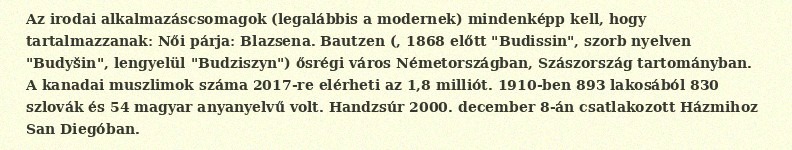
Az irodai alkalmazáscsomagok (legalábbis a modernek) mindenképp kell, hogy tartalmazzanak: Női párja: Blazsena. Bautzen (, 1868 előtt "Budissin", szorb nyelven "Budyšin", lengyelül "Budziszyn") ősrégi város Németországban, Szászország tartományban. A kanadai muszlimok száma 2017-re elérheti az 1,8 milliót. 1910-ben 893 lakosából 830 szlovák és 54 magyar anyanyelvű volt. Handzsúr 2000. december 8-án csatlakozott Házmihoz San Diegóban.